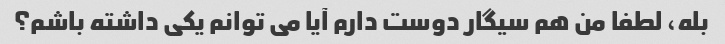
بله، لطفا من هم سیگار دوست دارم آیا می توانم یکی داشته باشم؟